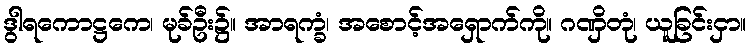
ဒွါရကောဋ္ဌကေ၊ မုခ်ဦး၌။ အာရက္ခံ၊ အစောင့်အရှောက်ကို။ ဂဏှိတုံ၊ ယူခြင်းငှာ။